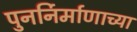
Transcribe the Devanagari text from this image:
पुनर्निर्माणाच्या